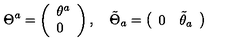
\Theta ^ { a } = \left( \begin{array} { l } { \theta ^ { a } } \\ { 0 } \\ \end{array} \right) , \quad \tilde { \Theta } _ { a } = \left( \begin{array} { l l } { 0 } & { \tilde { \theta } _ { a } } \\ \end{array} \right)